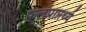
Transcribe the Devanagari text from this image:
फलप्राप्तर्थ्य